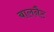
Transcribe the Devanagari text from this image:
बालनैट